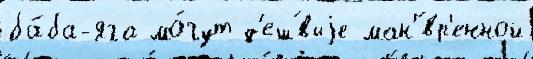
ба́ба-яга мо́гут д'еш́выjе ман'́вр'енной